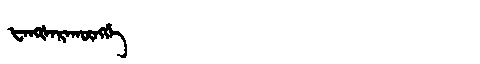
Manchu: ᡶᠠᠩᡧᠠᡵᠠᡴᡡᠩᡤᡝ
Romanization: FANGŠARAKŪNGGE